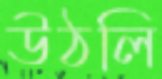
উঠলি